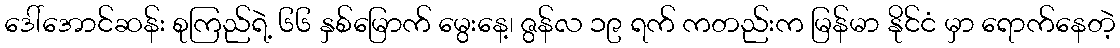
ဒေါ်အောင်ဆန်း စုကြည်ရဲ့ ၆၆ နှစ်မြောက် မွေးနေ့၊ ဇွန်လ ၁၉ ရက် ကတည်းက မြန်မာ နိုင်ငံ မှာ ရောက်နေတဲ့